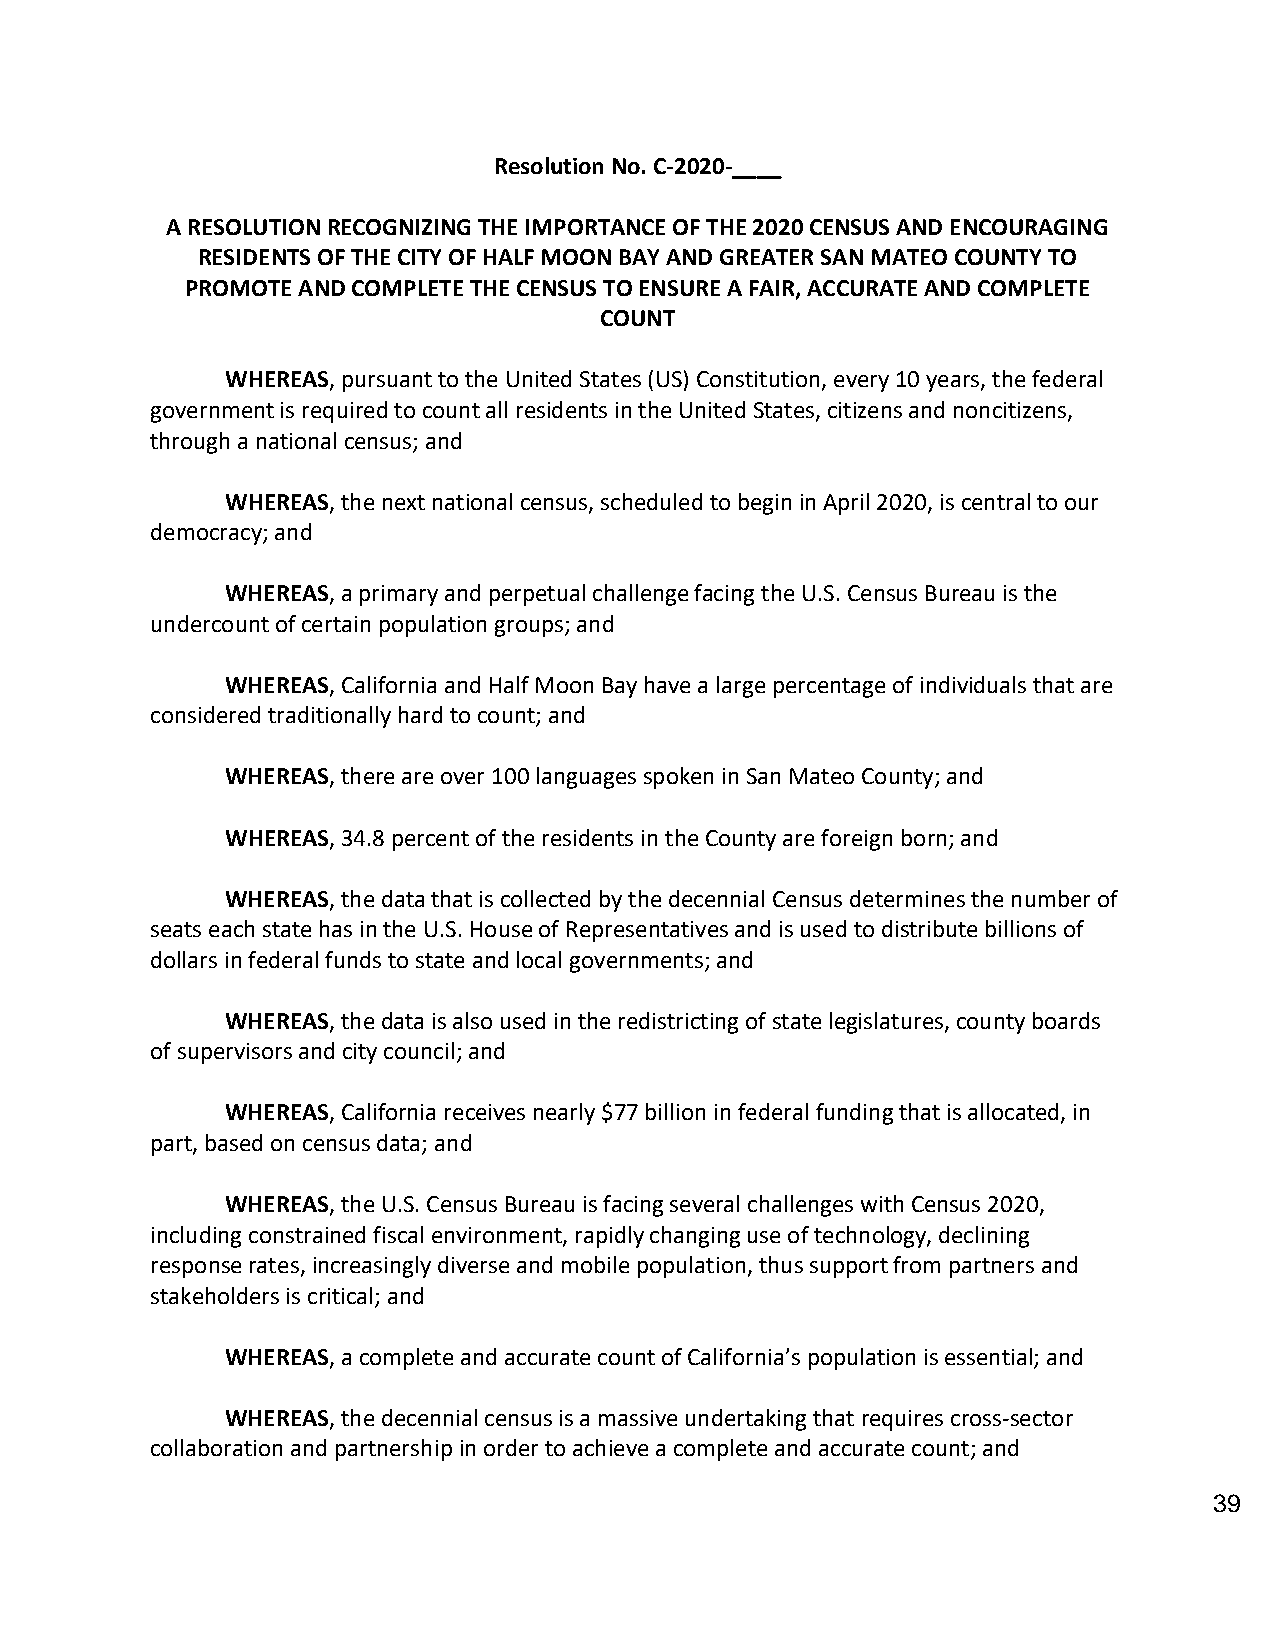
Resolution No. C-2020-____
 A RESOLUTION RECOGNIZING THE IMPORTANCE OF THE 2020 CENSUS AND ENCOURAGING
 RESIDENTS OF THE CITY OF HALF MOON BAY AND GREATER SAN MATEO COUNTY TO
 PROMOTE AND COMPLETE THE CENSUS TO ENSURE A FAIR, ACCURATE AND COMPLETE
 COUNT
 WHEREAS, pursuant to the United States (US) Constitution, every 10 years, the federal
 government is required to count all residents in the United States, citizens and noncitizens,
 through a national census; and
 WHEREAS, the next national census, scheduled to begin in April 2020, is central to our
 democracy; and
 WHEREAS, a primary and perpetual challenge facing the U.S. Census Bureau is the
 undercount of certain population groups; and
 WHEREAS, California and Half Moon Bay have a large percentage of individuals that are
 considered traditionally hard to count; and
 WHEREAS, there are over 100 languages spoken in San Mateo County; and
 WHEREAS, 34.8 percent of the residents in the County are foreign born; and
 WHEREAS, the data that is collected by the decennial Census determines the number of
 seats each state has in the U.S. House of Representatives and is used to distribute billions of
 dollars in federal funds to state and local governments; and
 WHEREAS, the data is also used in the redistricting of state legislatures, county boards
 of supervisors and city council; and
 WHEREAS, California receives nearly $77 billion in federal funding that is allocated, in
 part, based on census data; and
 WHEREAS, the U.S. Census Bureau is facing several challenges with Census 2020,
 including constrained fiscal environment, rapidly changing use of technology, declining
 response rates, increasingly diverse and mobile population, thus support from partners and
 stakeholders is critical; and
 WHEREAS, a complete and accurate count of California’s population is essential; and
 WHEREAS, the decennial census is a massive undertaking that requires cross-sector
 collaboration and partnership in order to achieve a complete and accurate count; and
 39